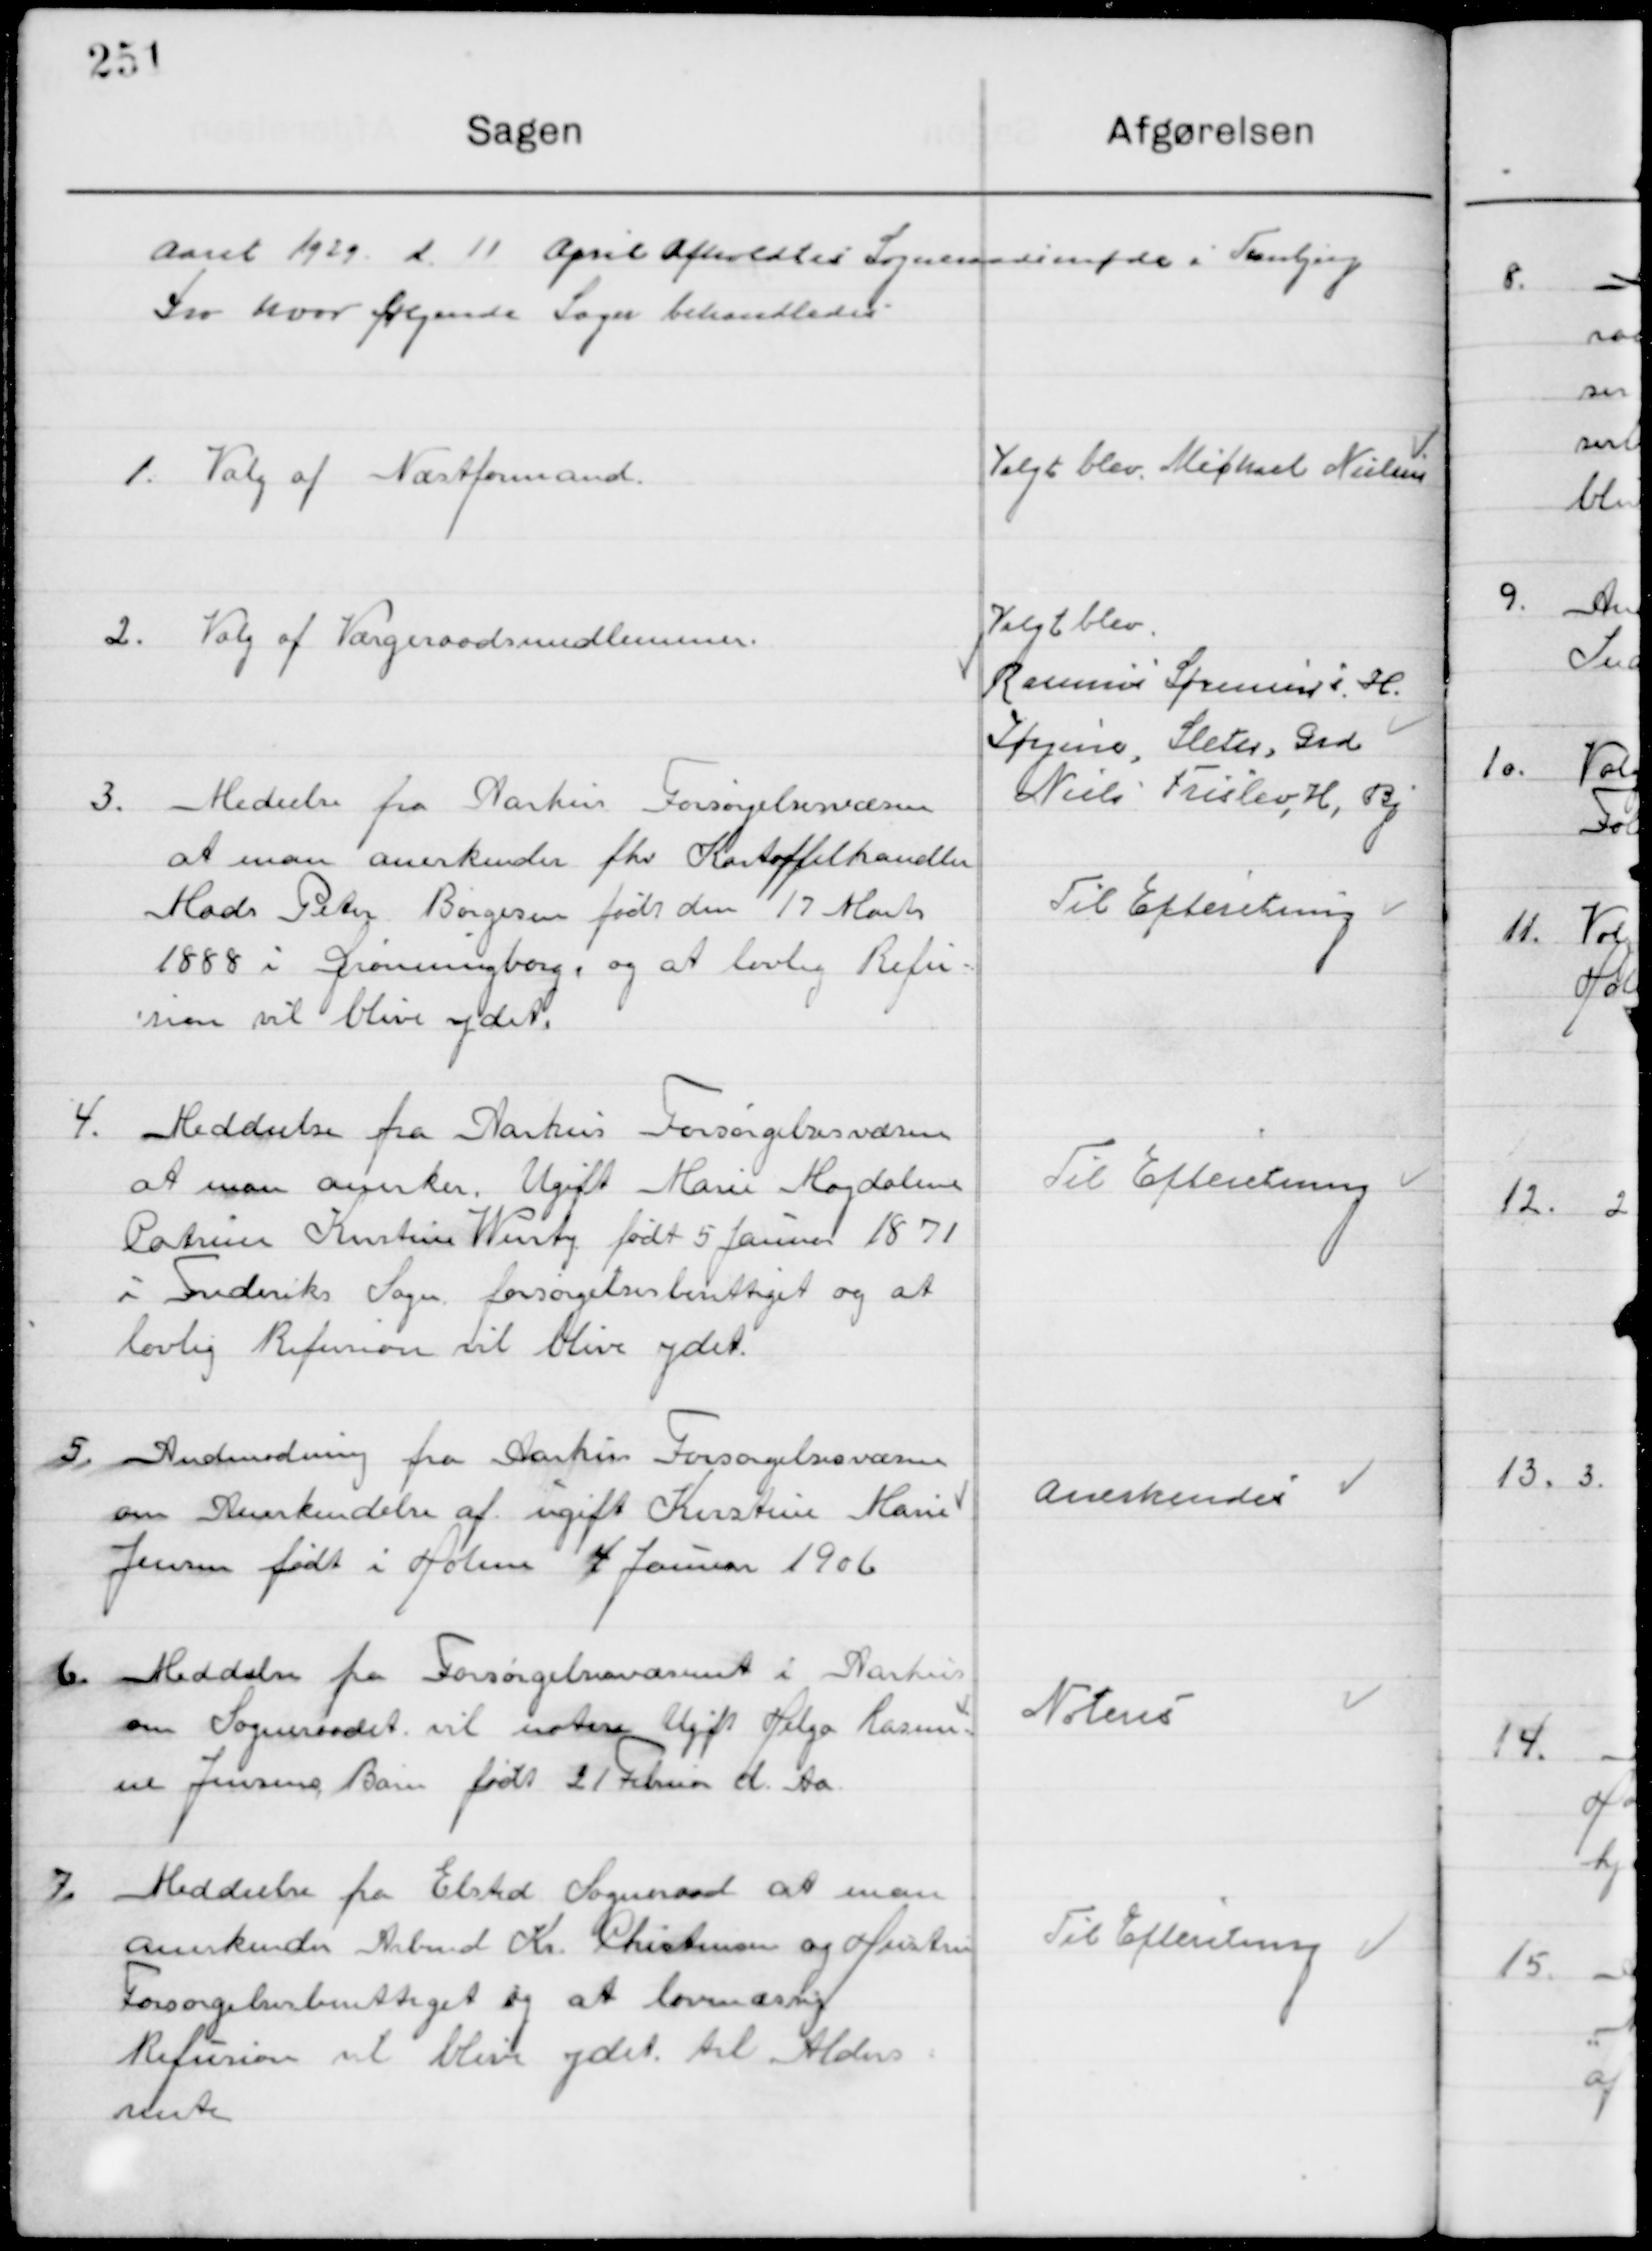
Transskription:
Aaret 1929 d. 11 April afholdt Sogneraadsmøde i Tranbjerg
Kro hvor følgende Sager behandledes.

1

Valg af Næstformand

Valgt blev Michael Nielsen

2

Valg af Værgeraadsmedlemmer

Valgt blev
Rasmus Sørensen i H.
Jørgen, Sleter, Gad.
Niels Frislev, H. By

3

Meddelelse fra Aarhus Forsørgelsesvæsen
at man anerkender fhv. Kartoffelhandler
Mads Peter Børgesen født den 17 Marts
1888 i Dronningborg, og at lovlig Refu-
sion vil blive ydet.

Til Efterretning

4

Meddelelse fra Aarhus Forsørgelsesvæsen
at man anerken. Ugift Marie Magdalene
Patricia Kirstine Wenty født 5 Januar 1871  
I Frederiks Sogn forsørgelsesberettiget og at
lovlig Refusion vil blive ydet.

Til Efterretning

5

Anmodning fra Aarhus Forsørgelsesvæsen
at man Anerkender af ugift Kierstine Marie
Jensen født i Holme 4. Januar 1906.

Anerkendes

6

Meddelelse fra Forsørgelsesvæsen i Aarhus
om Sogneraadet vil noterer Ugift Helga Rasmus
Jensens Barn født 21 Februar d. Aa.

Noteres

7

Meddelelse fra Elsted Sogneraad om man 
Anerkender Arbmd. Kr. Christensen og Hustru
Forsørgelse berettiget og at lovmæssig 
Refusion vil blive ydet til alders-
rente.

Til Efterretning